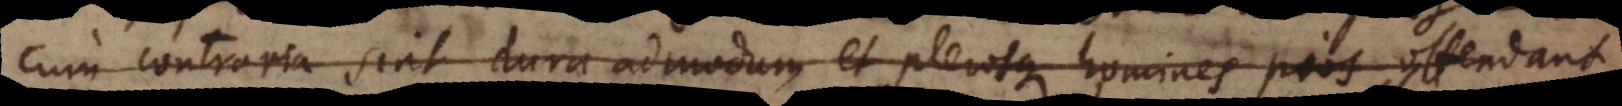
cum contraria sint dura admodum et plerosque homines pios offendant,